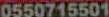
0550715501